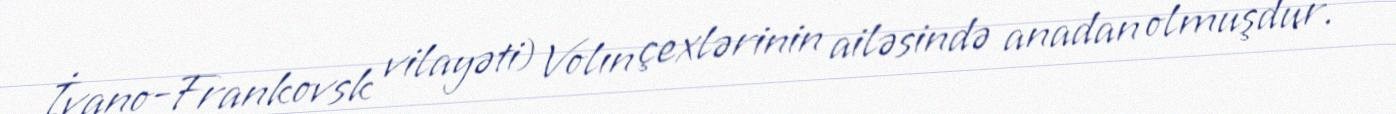
İvano-Frankovsk vilayəti) Volın çexlərinin ailəsində anadan olmuşdur.